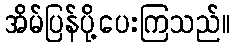
အိမ်ပြန်ပို့ပေးကြသည်။